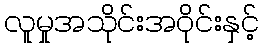
လူမှုအသိုင်းအဝိုင်းနှင့်